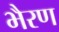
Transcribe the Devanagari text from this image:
भैरण